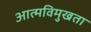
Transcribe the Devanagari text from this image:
आत्मविमुखता